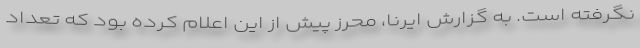
نگرفته است. به گزارش ایرنا، محرز پیش از این اعلام کرده بود که تعداد